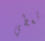
تعطي